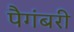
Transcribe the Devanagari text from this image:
पैगंबरी